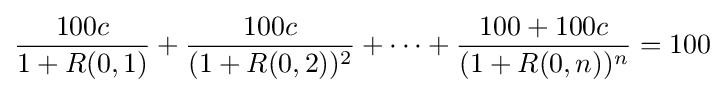
{\frac {100c}{1+R(0,1)}}+{\frac {100c}{(1+R(0,2))^{2}}}+\cdots +{\frac {100+100c}{(1+R(0,n))^{n}}}=100